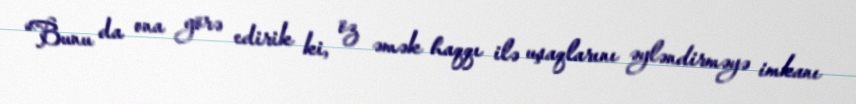
“Bunu da ona görə edirik ki, öz əmək haqqı ilə uşaqlarını əyləndirməyə imkanı